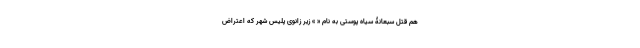
هم قتل سبُعانۀ سیاه پوستی به نام « » زیر زانوی پلیس شهر که اعتراض